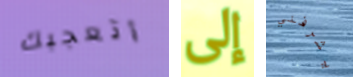
أتعجبك إلى يشرفني